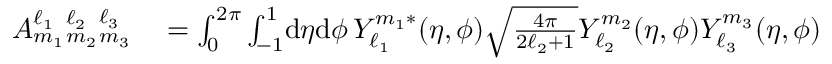
\begin{array} { r l } { A _ { m _ { 1 } } ^ { \ell _ { 1 } } { } _ { m _ { 2 } } ^ { \ell _ { 2 } } { } _ { m _ { 3 } } ^ { \ell _ { 3 } } } & { { } = \int _ { 0 } ^ { 2 \pi } \int _ { - 1 } ^ { 1 } \! \mathrm { d } \eta \mathrm { d } \phi \, Y _ { \ell _ { 1 } } ^ { m _ { 1 } * } ( \eta , \phi ) \sqrt { \frac { 4 \pi } { 2 \ell _ { 2 } + 1 } } Y _ { \ell _ { 2 } } ^ { m _ { 2 } } ( \eta , \phi ) Y _ { \ell _ { 3 } } ^ { m _ { 3 } } ( \eta , \phi ) } \end{array}